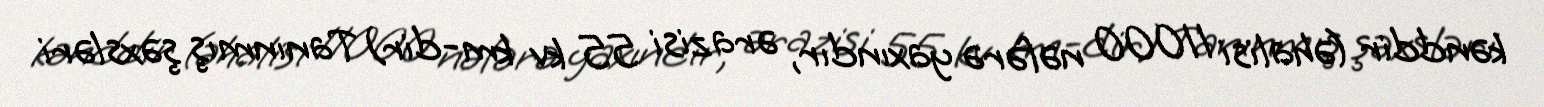
kənddir (əhalisi 11000 nəfərə yaxındır, ərazisi 55 kv km-dir) Tanınmış şəxsləri